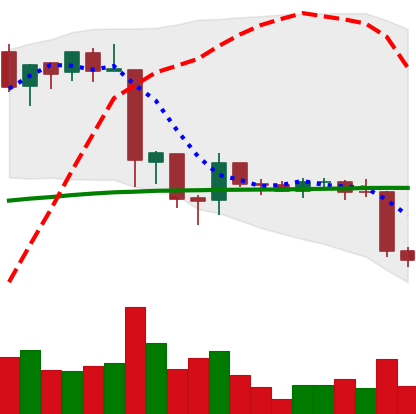
Ticker: EOS-USD
Chart end date: 2018-06-23
Forward return: -11.38%
Label: down_7plus